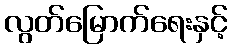
လွတ်မြောက်ရေးနှင့်